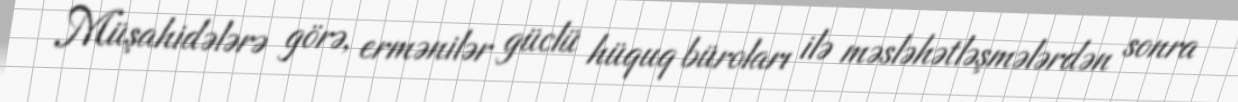
Müşahidələrə görə, ermənilər güclü hüquq büroları ilə məsləhətləşmələrdən sonra